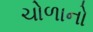
ચોળાનો